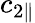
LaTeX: c_{2\parallel}